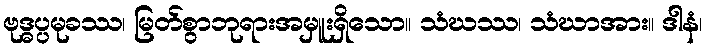
ဗုဒ္ဓပ္ပမုခဿ၊ မြတ်စွာဘုရားအမှူးရှိသော။ သံဃဿ၊ သံဃာအား။ ဒါနံ၊